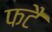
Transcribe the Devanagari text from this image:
फटै